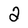
Character: 2